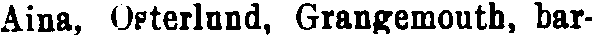
Aina, Osterlund, Grangemouth, bar-